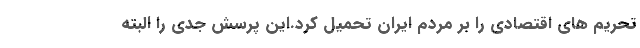
تحریم های اقتصادی را بر مردم ایران تحمیل كرد.اين پرسش جدي را البته